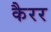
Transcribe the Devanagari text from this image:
कैरर